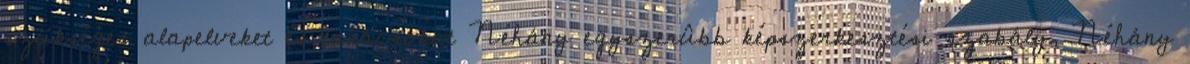
szükséges alapelveket és tanácsokat Néhány egyszerûbb képszerkesztési szabály, Néhány